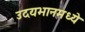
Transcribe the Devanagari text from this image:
उदयभानमध्ये